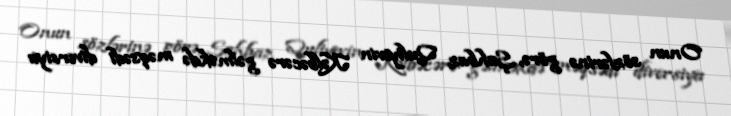
Onun sözlərinə görə, Şahbaz Quliyevin Kəlbəcərə gəlməkdə məqsədi diversiya